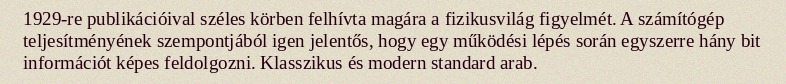
1929-re publikációival széles körben felhívta magára a fizikusvilág figyelmét. A számítógép teljesítményének szempontjából igen jelentős, hogy egy működési lépés során egyszerre hány bit információt képes feldolgozni. Klasszikus és modern standard arab.